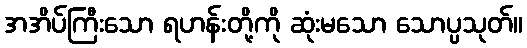
အအိပ်ကြီးသော ရဟန်းတို့ကို ဆုံးမသော သောပ္ပသုတ်။